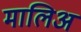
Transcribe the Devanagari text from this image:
मालिअ